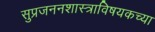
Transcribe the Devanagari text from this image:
सुप्रजननशास्त्राविषयकच्या